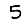
Digit: 5